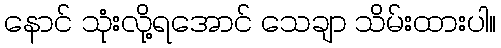
နောင် သုံးလို့ရအောင် သေချာ သိမ်းထားပါ။